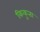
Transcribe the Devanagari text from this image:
किकुता